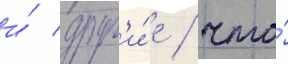
и́ друг'и́е / что́